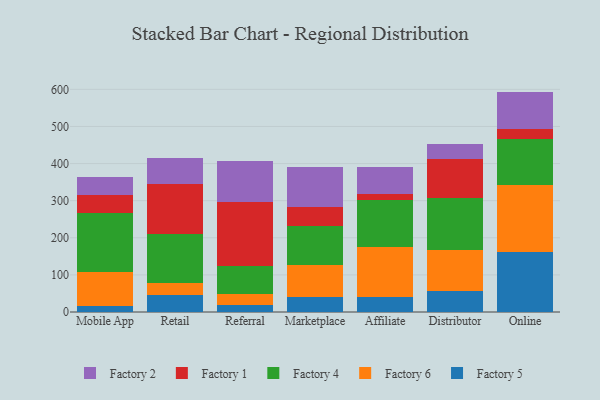
{"axis": {"x": "Channel", "y": "Temperature (°C)"}, "legend": ["Factory 1", "Factory 2", "Factory 4", "Factory 5", "Factory 6"], "data": [{"x": "Mobile App", "y": 15.5, "type": "Factory 5"}, {"x": "Mobile App", "y": 92.0, "type": "Factory 6"}, {"x": "Mobile App", "y": 160.5, "type": "Factory 4"}, {"x": "Mobile App", "y": 47.2, "type": "Factory 1"}, {"x": "Mobile App", "y": 48.7, "type": "Factory 2"}, {"x": "Retail", "y": 45.5, "type": "Factory 5"}, {"x": "Retail", "y": 33.5, "type": "Factory 6"}, {"x": "Retail", "y": 131.7, "type": "Factory 4"}, {"x": "Retail", "y": 134.8, "type": "Factory 1"}, {"x": "Retail", "y": 69.0, "type": "Factory 2"}, {"x": "Referral", "y": 19.0, "type": "Factory 5"}, {"x": "Referral", "y": 28.4, "type": "Factory 6"}, {"x": "Referral", "y": 76.1, "type": "Factory 4"}, {"x": "Referral", "y": 171.7, "type": "Factory 1"}, {"x": "Referral", "y": 110.8, "type": "Factory 2"}, {"x": "Marketplace", "y": 39.4, "type": "Factory 5"}, {"x": "Marketplace", "y": 88.5, "type": "Factory 6"}, {"x": "Marketplace", "y": 103.2, "type": "Factory 4"}, {"x": "Marketplace", "y": 52.1, "type": "Factory 1"}, {"x": "Marketplace", "y": 106.6, "type": "Factory 2"}, {"x": "Affiliate", "y": 39.2, "type": "Factory 5"}, {"x": "Affiliate", "y": 135.6, "type": "Factory 6"}, {"x": "Affiliate", "y": 125.7, "type": "Factory 4"}, {"x": "Affiliate", "y": 18.2, "type": "Factory 1"}, {"x": "Affiliate", "y": 71.1, "type": "Factory 2"}, {"x": "Distributor", "y": 57.4, "type": "Factory 5"}, {"x": "Distributor", "y": 111.0, "type": "Factory 6"}, {"x": "Distributor", "y": 139.2, "type": "Factory 4"}, {"x": "Distributor", "y": 103.6, "type": "Factory 1"}, {"x": "Distributor", "y": 41.5, "type": "Factory 2"}, {"x": "Online", "y": 162.8, "type": "Factory 5"}, {"x": "Online", "y": 179.9, "type": "Factory 6"}, {"x": "Online", "y": 122.2, "type": "Factory 4"}, {"x": "Online", "y": 28.9, "type": "Factory 1"}, {"x": "Online", "y": 100.1, "type": "Factory 2"}]}